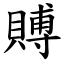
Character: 賻